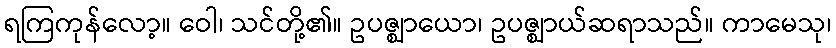
ရကြကုန်လော့။ ဝေါ၊ သင်တို့၏။ ဥပဇ္ဈာယော၊ ဥပဇ္ဈာယ်ဆရာသည်။ ကာမေသု၊